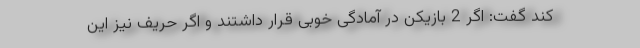
کند گفت: اگر 2 بازیکن در آمادگی خوبی قرار داشتند و اگر حریف نیز این